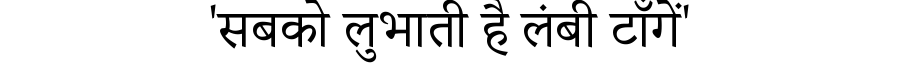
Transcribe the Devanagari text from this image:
'सबको लुभाती है लंबी टाँगें'